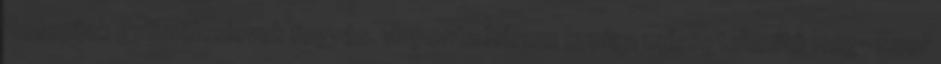
Receptek gyümölcslevek fogyás. Naponta három kupica méregtelenítő Reg- Enor